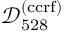
\mathcal { D } _ { 5 2 8 } ^ { ( \mathrm { c c r f } ) }